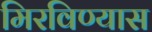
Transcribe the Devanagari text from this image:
मिरविण्यास